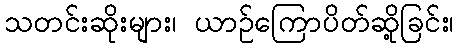
သတင်းဆိုးများ၊ ယာဉ်ကြောပိတ်ဆို့ခြင်း၊